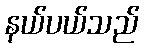
နယ်ပယ်သည်